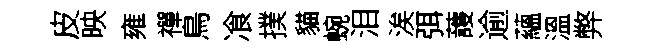
皮映雍禪鳥飡撲貓蜿泪涘弭䕶逾蘊溫弊